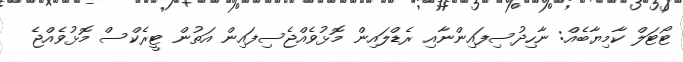
ޓޯޓަލް ކާމިޔާބެއް: ނާހިދުސިފައިންނާއި ރެޑްލައިން މޮޅުވެއްޖެސިފައިން އަތުން ޓީރެކްސް މޮޅުވެއްޖެ